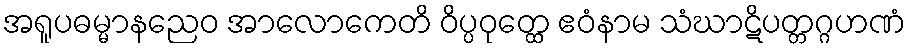
အရူပဓမ္မာနညေဝ အာလောကေတိ ဝိပ္ပဝုတ္ထေ ဧဝံနာမ သံဃာဋိပတ္တဂ္ဂဟဏံ